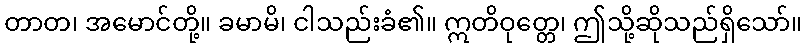
တာတ၊ အမောင်တို့။ ခမာမိ၊ ငါသည်းခံ၏။ ဣတိဝုတ္တေ၊ ဤသို့ဆိုသည်ရှိသော်။